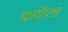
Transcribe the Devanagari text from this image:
पायोला